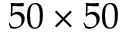
5 0 \times 5 0